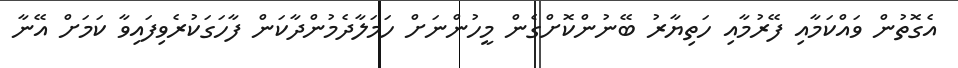
އެގޮތުން ވައްކަމާއި ފޭރުމާއި ހަތިޔާރު ބޭނުންކޮށްގެން މީހުންނަށް ހަމަލާދެމުންދާކަން ފާހަގަކުރެވިފައިވާ ކަމަށް އޭނާ